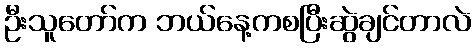
ဦးသူတော်က ဘယ်နေ့ကစပြီးဆွဲချင်တာလဲ